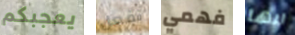
يعجبكم تفعل فهمي انها